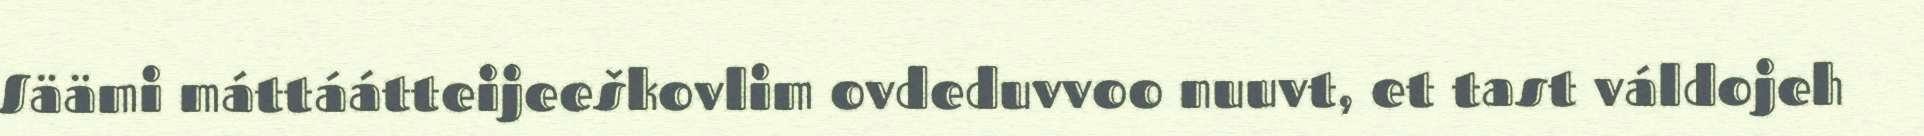
Säämi máttáátteijeeškovlim ovdeduvvoo nuuvt, et tast váldojeh